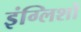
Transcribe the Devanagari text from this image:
इंग्लिशों